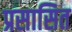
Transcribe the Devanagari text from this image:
प्रसासित